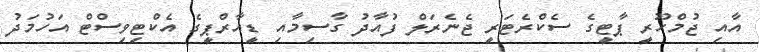
އާއި ޖުމްހޫރީ ޕާޓީގެ ސެކްރެޓަރީ ޖެނެރަލް ފުއާދު ގާސިމާއި ޑީއާރްޕީގެ އެކްޓިވިސްޓް އަހުމަދު